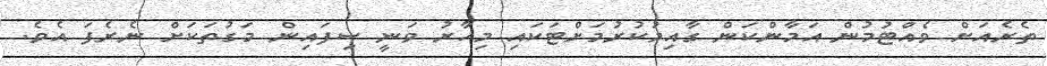
ތެރެއަށް ވެއްޓުމުން އަމާންކަން ގާއިމުކުރުމަށްޓަކައި މިހާރު ވަނީ ސިފައިން މަގުތަކަށް ނެރެފަ އެވެ.